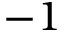
- 1